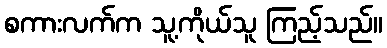
စကားလက်က သူ့ကိုယ်သူ ကြည့်သည်။